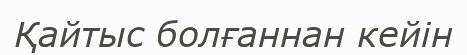
Қайтыс болғаннан кейін